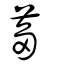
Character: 蒭